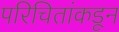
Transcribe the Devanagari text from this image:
परिचितांकडून